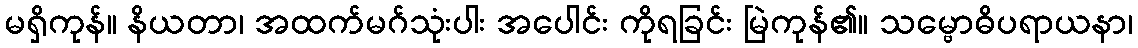
မရှိကုန်။ နိယတာ၊ အထက်မဂ်သုံးပါး အပေါင်း ကိုရခြင်း မြဲကုန်၏။ သမ္ဗောဓိပရာယနာ၊